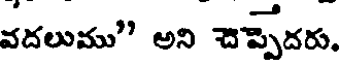
వదలుము" అని చెప్పెదరు.